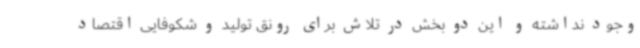
وجود نداشته و این دو بخش در تلاش برای رونق تولید و شکوفایی اقتصاد